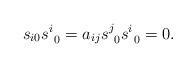
LaTeX: \begin{align*}s_{i0}s^i_{\ 0 }= a_{ij}s^j_{\ 0}s^i_{\ 0} = 0.\end{align*}